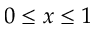
0 \leq x \leq 1